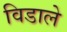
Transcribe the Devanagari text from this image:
विडाले